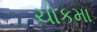
ચોકમા